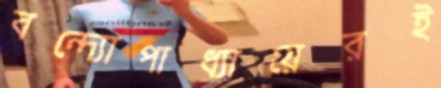
বন্দ্যোপাধ্যায়েরই